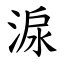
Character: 㴃